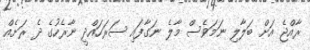
ރާއްޖެ އަށް ބަލާލި ނަމަވެސް މާލެ ނަގާފައި ސަރަހައްދީ ނާރެހުގެ ދެ ރަށެއް